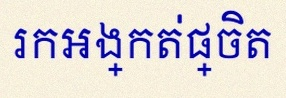
រកអង្កត់ផ្ចិត